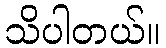
သိပါတယ်။